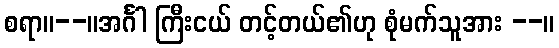
စရာ။--။အင်္ဂါ ကြီးငယ် တင့်တယ်၏ဟု စုံမက်သူအား --။